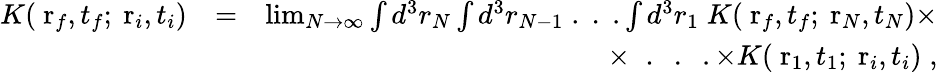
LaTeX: \begin{array}{rlr}{K(\mathrm{\mathbf~r}_{f},t_{f};\mathrm{\mathbf~r}_{i},t_{i})}&{=}&{\operatorname*{lim}_{N\to\infty}\int d^{3}r_{N}\int d^{3}r_{N-1}\; .\; .\; .\int d^{3}r_{1}\; K(\mathrm{\mathbf~r}_{f},t_{f};\mathrm{\mathbf~r}_{N},t_{N})\times}\\ &{}&{\times\; \; .\; \; .\; \; .\times K(\mathrm{\mathbf~r}_{1},t_{1};\mathrm{\mathbf~r}_{i},t_{i})\; ,}\end{array}